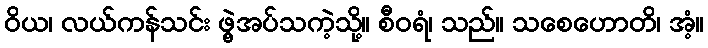
ဝိယ၊ လယ်ကန်သင်း ဖွဲ့အပ်သကဲ့သို့။ စီဝရံ၊ သည်။ သစေဟောတိ၊ အံ့။